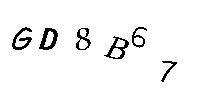
GD8B67